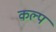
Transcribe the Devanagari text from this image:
कल्‍प